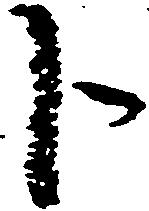
下